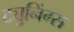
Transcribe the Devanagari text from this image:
ट्युनिंग्स